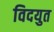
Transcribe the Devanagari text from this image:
विदयुत